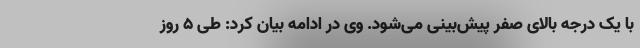
با یک درجه بالای صفر پیش‌بینی می‌شود. وی در ادامه بیان کرد: طی ۵ روز